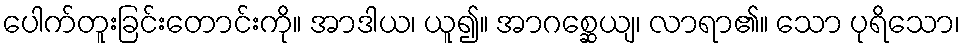
ပေါက်တူးခြင်းတောင်းကို။ အာဒါယ၊ ယူ၍။ အာဂစ္ဆေယျ၊ လာရာ၏။ သော ပုရိသော၊